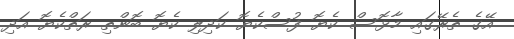
އޭގެ ތެރޭގައި މާޅޮސް ކެޔޮ ފުސްކެޔޮ ކަދިލި ކެޔޮ ބޮންތި ރަތްކެޔޮ އަދި